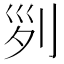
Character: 𠛱